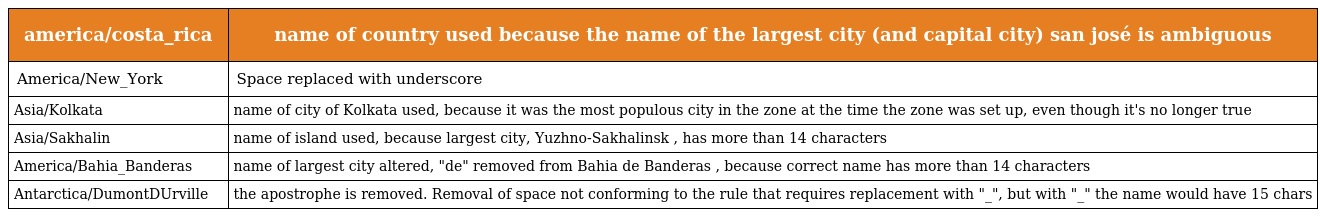
| america/costa_rica | name of country used because the name of the largest city (and capital city) san josé is ambiguous |
 | --- | --- |
 | America/New_York | Space replaced with underscore |
 | Asia/Kolkata | name of city of Kolkata used, because it was the most populous city in the zone at the time the zone was set up, even though it's no longer true |
 | Asia/Sakhalin | name of island used, because largest city, Yuzhno-Sakhalinsk , has more than 14 characters |
 | America/Bahia_Banderas | name of largest city altered, "de" removed from Bahia de Banderas , because correct name has more than 14 characters |
 | Antarctica/DumontDUrville | the apostrophe is removed. Removal of space not conforming to the rule that requires replacement with "_", but with "_" the name would have 15 chars |